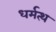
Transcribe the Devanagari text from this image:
धर्मत्थ